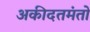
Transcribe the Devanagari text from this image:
अकीदतमंतो